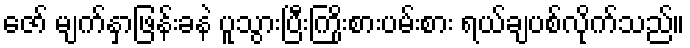
ဇော် မျက်နှာဖြန်းခနဲ ပူသွားပြီးကြိုးစားပမ်းစား ရယ်ချပစ်လိုက်သည်။